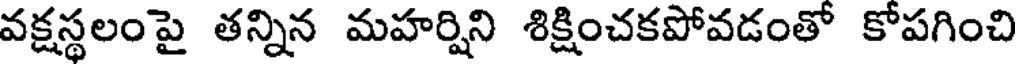
వక్షస్థలంపై తన్నిన మహర్షిని శిక్షించకపోవడంతో కోపగించి